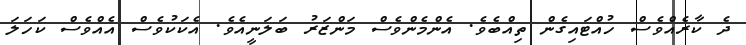
ދެ ކާރެއްވެސް ހުއްޓައިގެން ތިއްބެވެ. އެންމެންވެސް މަންޒަރު ބަލަނީއެވެ. އެކަކުވެސް އެއްވެސް ކަހަލަ